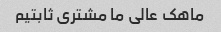
ماهک عالی ما مشتری ثابتیم